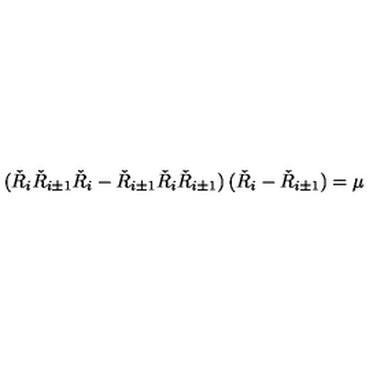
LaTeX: ( \check { R } _ { i } \check { R } _ { i \pm 1 } \check { R } _ { i } - \check { R } _ { i \pm 1 } \check { R } _ { i } \check { R } _ { i \pm 1 } ) \: ( \check { R } _ { i } - \check { R } _ { i \pm 1 } ) = \mu